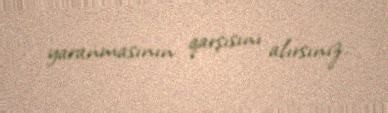
yaranmasının qarşısını alırsınız.